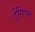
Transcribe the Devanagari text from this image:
ईगिप्त